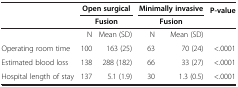
<table><thead><tr><td rowspan="2"><b> </b></td><td colspan="2"><b>Open surgical</b></td><td colspan="2"><b>Minimally invasive</b></td><td rowspan="2"><b>P-value</b></td></tr><tr><td><b> </b></td><td><b>Fusion</b></td><td><b> </b></td><td><b>Fusion</b></td></tr></thead><tbody><tr><td> </td><td>N</td><td>Mean (SD)</td><td>N</td><td>Mean (SD)</td><td> </td></tr><tr><td>Operating room time</td><td>100</td><td>163 (25)</td><td>63</td><td>70 (24)</td><td>&lt;.0001</td></tr><tr><td>Estimated blood loss</td><td>138</td><td>288 (182)</td><td>66</td><td>33 (27)</td><td>&lt;.0001</td></tr><tr><td>Hospital length of stay</td><td>137</td><td>5.1 (1.9)</td><td>30</td><td>1.3 (0.5)</td><td>&lt;.0001</td></tr></tbody></table>